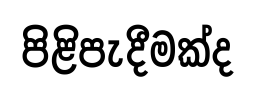
පිළිපැදීමක්ද